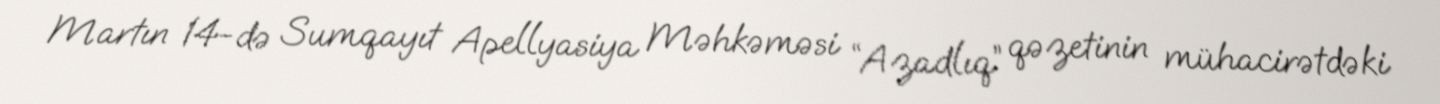
Martın 14-də Sumqayıt Apellyasiya Məhkəməsi “Azadlıq” qəzetinin mühacirətdəki